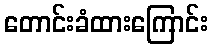
တောင်းခံထားကြောင်း